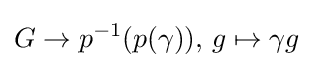
G\to p^{-1}(p(\gamma )),\,g\mapsto \gamma g